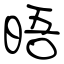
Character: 晤